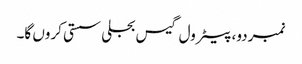
نمبردو، پیٹرول گیس بجلی سستی کروں گا۔